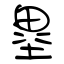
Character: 塁